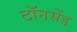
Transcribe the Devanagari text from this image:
टॉनसेंड